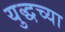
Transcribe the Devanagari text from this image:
युद्धच्या